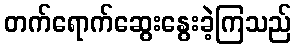
တက်ရောက်ဆွေးနွေးခဲ့ကြသည်